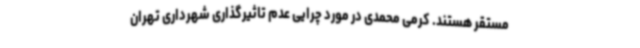
مستقر هستند. کرمی محمدی در مورد چرایی عدم تاثیرگذاری شهرداری تهران